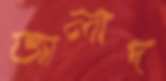
জালাদ